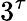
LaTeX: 3^{\tau}